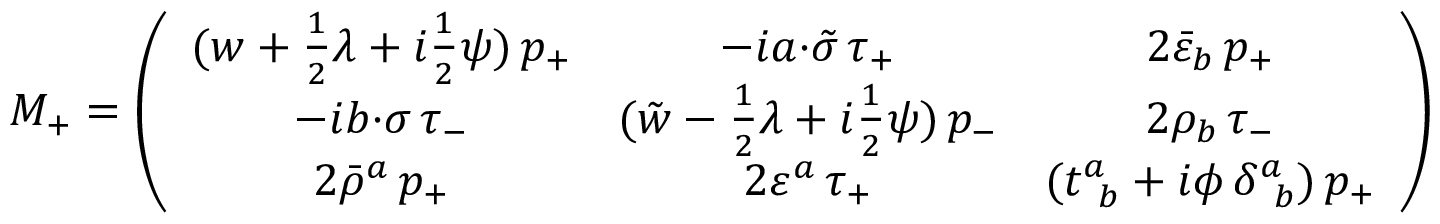
\displaystyle { M _ { + } = \left( \begin{array} { c c c } { { ( w + \textstyle { \frac { 1 } { 2 } } \lambda + i \textstyle { \frac { 1 } { 2 } } \psi ) \, p _ { + } } } & { { - i a { \cdot \tilde { \sigma } } \, \tau _ { + } } } & { { 2 \bar { \varepsilon } _ { b } \, p _ { + } } } \\ { { - i b { \cdot \sigma } \, \tau _ { - } } } & { { ( \tilde { w } - \textstyle { \frac { 1 } { 2 } } \lambda + i \textstyle { \frac { 1 } { 2 } } \psi ) \, p _ { - } } } & { { 2 \rho _ { b } \, \tau _ { - } } } \\ { { 2 \bar { \rho } ^ { a } \, p _ { + } } } & { { 2 \varepsilon ^ { a } \, \tau _ { + } } } & { { ( t _ { ~ b } ^ { a } + i \phi \, \delta _ { ~ b } ^ { a } ) \, p _ { + } } } \end{array} \right) }